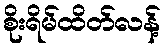
စိုးရိမ်ထိတ်လန့်